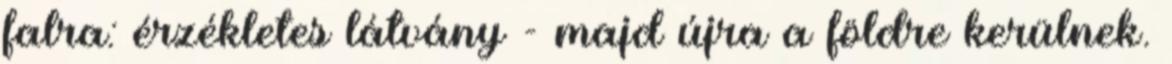
falra: érzékletes látvány - majd újra a földre kerülnek.